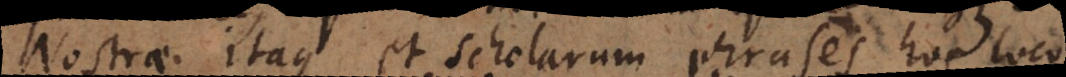
Nostrae itaque et scholarum phrases hoc loco